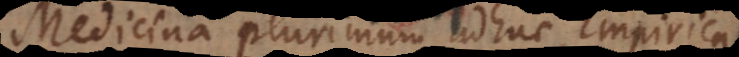
Medicina plurimum adhuc Empirica